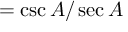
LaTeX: = { \csc A / \sec A }